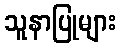
သူနာပြုများ